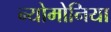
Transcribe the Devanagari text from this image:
न्योमोनिया